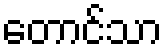
တောင်သာ